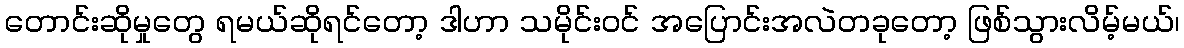
တောင်းဆိုမှုတွေ ရမယ်ဆိုရင်တော့ ဒါဟာ သမိုင်းဝင် အပြောင်းအလဲတခုတော့ ဖြစ်သွားလိမ့်မယ်၊